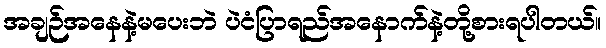
အချဉ်အနေနဲ့မပေးဘဲ ပဲငံပြာရည်အနောက်နဲ့တို့စားရပါတယ်။